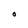
Character: O